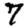
Digit: 7